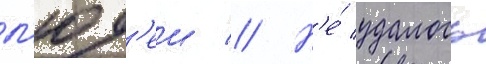
л'юд'еи // Н'е́ удалось